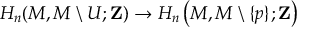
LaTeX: H _ { n } ( M , M \setminus U ; \mathbf { Z } ) \to H _ { n } \left( M , M \setminus \{ p \} ; \mathbf { Z } \right)